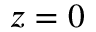
z = 0